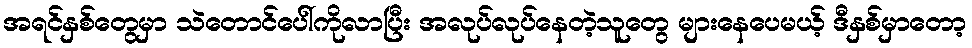
အရင်နှစ်တွေမှာ သဲတောင်ပေါ်ကိုလာပြီး အလုပ်လုပ်နေတဲ့သူတွေ များနေပေမယ့် ဒီနှစ်မှာတော့